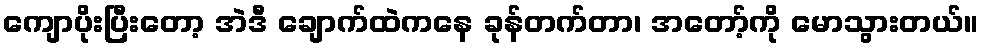
ကျောပိုးပြီးတော့ အဲဒီ ချောက်ထဲကနေ ခုန်တက်တာ၊ အတော့်ကို မောသွားတယ်။